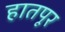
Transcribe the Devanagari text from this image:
हातपूर